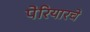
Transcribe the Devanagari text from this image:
पेरियारचे